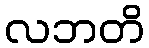
လဘတိ